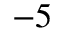
- 5